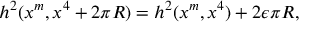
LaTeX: h ^ { 2 } ( x ^ { m } , x ^ { 4 } + 2 \pi R ) = h ^ { 2 } ( x ^ { m } , x ^ { 4 } ) + 2 \epsilon \pi R ,